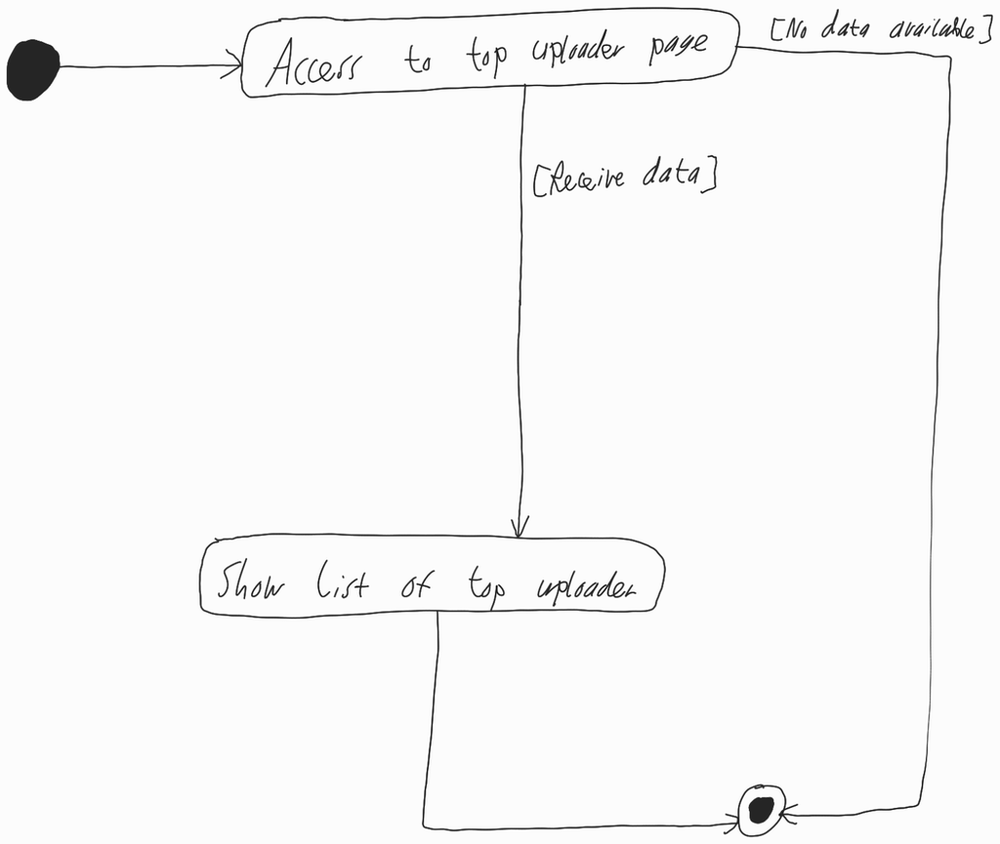
Diagram type: activity_diagram
```plantuml
@startuml

start

if (Access to top uploader page) then ([Receive data])
  :Show list of top uploader;
else ([No data available])
endif

stop

@enduml
```